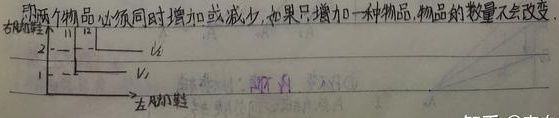
用两个物品时，必须同时增加或减少，如果只增加一种物品，物品的数量不会改变。